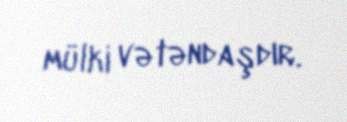
mülki vətəndaşdır.